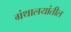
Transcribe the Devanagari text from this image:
ग्रंथालयांतील